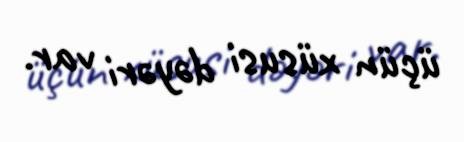
üçün xüsusi dəyəri var.